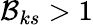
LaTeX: \mathcal{B}_{ks}>1